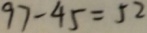
9 7 - 4 5 = 5 2